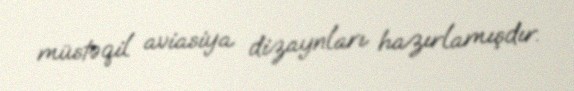
müstəqil aviasiya dizaynları hazırlamışdır.